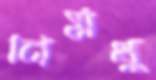
নির্মধু